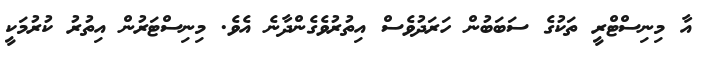
އާ މިނިސްޓްރީ ތަކުގެ ސަބަބުން ހަރަދުވެސް އިތުރުވެގެންދާނެ އެވެ. މިނިސްޓަރުން އިތުރު ކުރުމަކީ